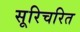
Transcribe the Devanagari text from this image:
सूरिचरित